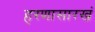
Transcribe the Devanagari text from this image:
हरणासारखं